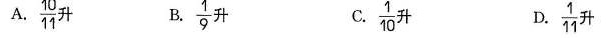
A. \frac{10}{11}升 B. \frac{1}{9} 升 C. \frac{1}{10} 升D.\frac{1}{11}升